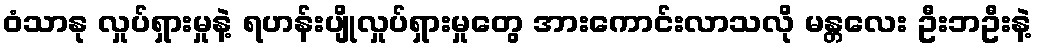
ဝံသာနု လှုပ်ရှားမှုနဲ့ ရဟန်းပျိုလှုပ်ရှားမှုတွေ အားကောင်းလာသလို မန္တလေး ဦးဘဦးနဲ့